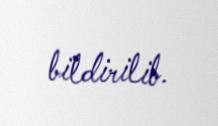
bildirilib.